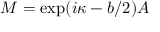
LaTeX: { \cal M } = \exp ( i \kappa - b / 2 ) A